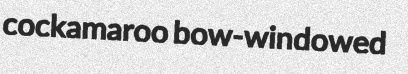
cockamaroo bow-windowed